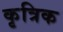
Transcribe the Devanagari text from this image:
कृत्रिक